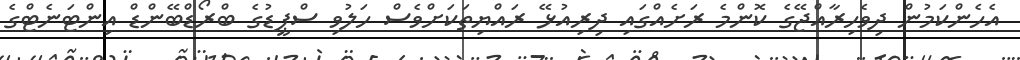
އެހެންކަމުން ދިވެހިރާއްޖޭގެ ކޮންމެ ރަށެއްގައި ދިރިއުޅޭ ރައްޔިތަކަށްވެސް ހަލުވި ސްޕީޑުގެ ބްރޯޑްބޭންޑް އިންޓަނެޓްގެ